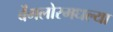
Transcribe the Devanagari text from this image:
बेंगलोरमधल्या